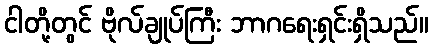
ငါတို့တွင် ဗိုလ်ချုပ်ကြီး ဘာဂရေးရှင်းရှိသည်။